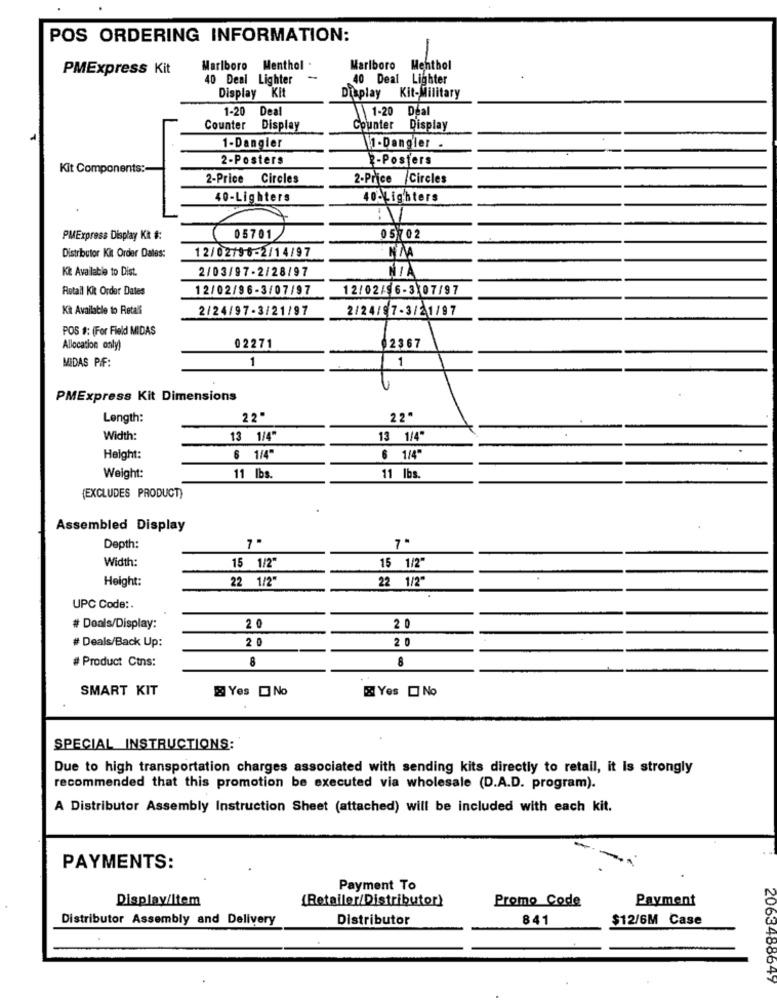
POS ORDERING INFORMATION:
PMExpress Kit
Marlboro
Menthol
Marlboro
Menthol
40 Deal Lighter
40 Deal Lighter
Display Kit
Display Kit-Military
1-20 Deal
1-20
Deal
Counter
Display
Counter
Display
1-Dangler
1-Dangier .
2-Posters
-Posters
Kit Components:
2-Price Circles
2-Price Circles
40-Lighters
40-Lighters
--
PMExpress Display KR #:
05701
05 02
Distributor Kit Order Dales:
12/02/96-2/14/97
Kč Available to Dist.
2/03/97-2/28/97
Retail Kit Order Dates
12/02/96-3/07/97
12/02/6-3 07/97
Kit Available to Retali
2/24/97-3/21/97
2/24/97-3/21/97
POS #: (For Field MIDAS
Allocation only)
02271
2367
MIDAS PIF:
1
1
PMExpress Kit Dimensions
Length:
22"
22.
Width:
13 1/4"
13 1/4"
Height:
6 1/4"
6 1/4
Weight:
11 Ibs.
11 Ibs.
{EXCLUDES PRODUCT
Assembled Display
Depth:
Width:
15 1/2"
15 1/2"
Height:
22 1/2"
22 1/2"
UPC Code :.
# Doals/Display:
20
2 0
#Deals/Back Up:
20
2 0
# Product Ctns:
8
8
SMART KIT
Yes No
Yes [ No
SPECIAL INSTRUCTIONS:
Due to high transportation charges associated with sending kits directly to retail, it is strongly
recommended that this promotion be executed via wholesale (D.A.D. program).
A Distributor Assembly Instruction Sheet (attached) will be included with each kit.
PAYMENTS:
Payment To
Display/Item
{Retailer/Distributor)
Promo Code
Payment
Distributor Assembly and Delivery
Distributor
841
$12/6M Case
2063488649